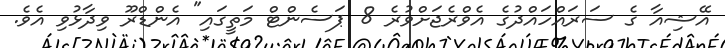
އޭޝިއާ ގެ ސަރައްހައްދުގެ އެވްރެޖަށްވުރެ 8 ޕަސެންޓް މަތީގައި" އެންޑްރޫ ވިދާޅުވި އެވެ.